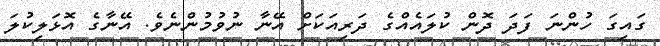
ގައިގަ ހުންނަ ފަދަ ދޮން ކުލައެއްގެ ދަރިއަކަށް އޭނާ ނުވުމުންނެވެ. އޭނާގެ އޮޅަލިކުލަ